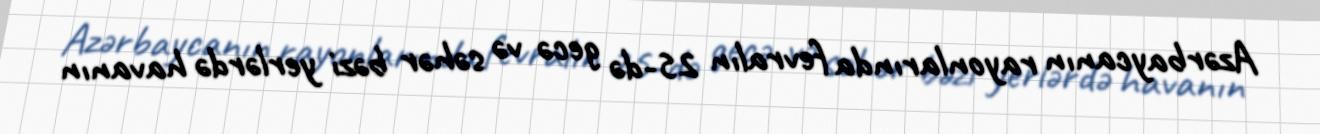
Azərbaycanın rayonlarında fevralın 25-də gecə və səhər bəzi yerlərdə havanın